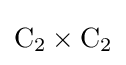
\mathrm {C} _{2}\times \mathrm {C} _{2}